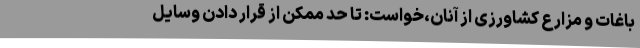
باغات و مزارع کشاورزی از آنان،خواست: تا حد ممکن از قرار دادن وسایل